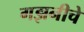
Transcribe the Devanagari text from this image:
गझनीचे